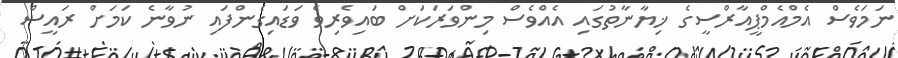
ނަމަވެސް އެމްއެމްޕީއާރްސީގެ ޚިޔާނާތުގައި އެއްވެސް މިންވަރަކަށް ބައިވެރިވެ ވަޑައިގެންފައި ނުވާނެ ކަމަށް ރައީސް